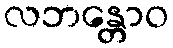
လဘန္တောဝ